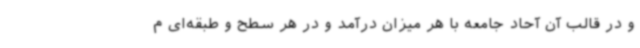
و در قالب آن آحاد جامعه با هر میزان درآمد و در هر سطح و طبقه‌ای م